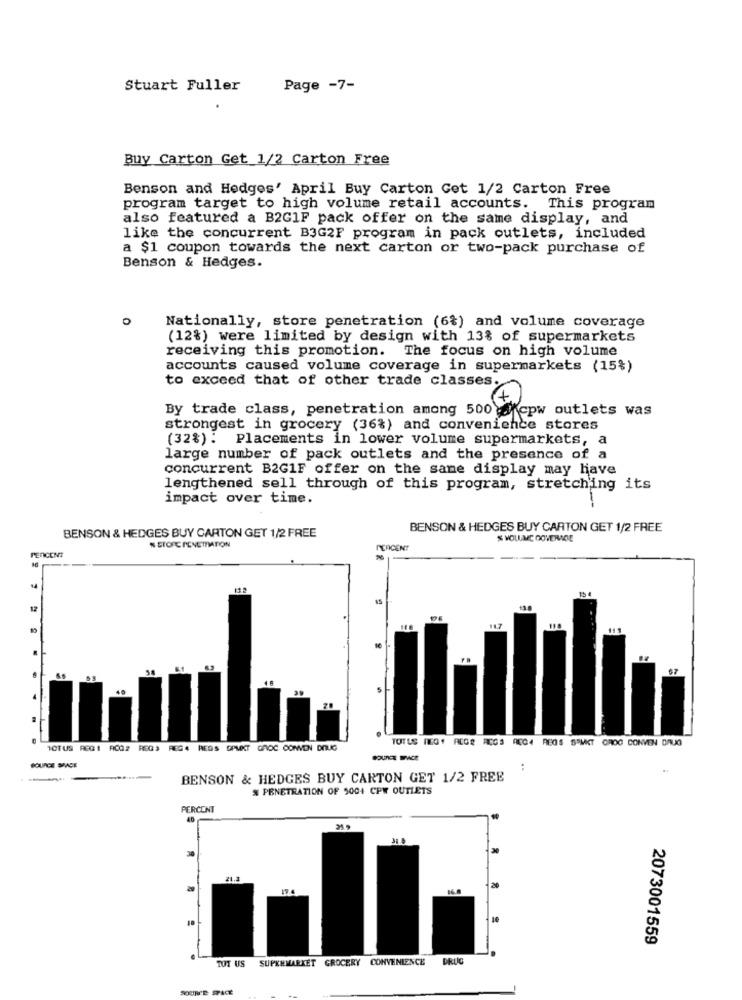
Stuart Fuller
Page -7-
Buy Carton Get 1/2 Carton Free
Benson and Hedges' April Buy Carton Cet 1/2 Carton Free
program target to high volume retail accounts. This program
also featured a B2G1F pack offer on the same display, and
like the concurrent B3G2F program in pack outlets, included
a $1 coupon towards the next carton or two-pack purchase of
Benson & Hedges.
Nationally, store penetration (6%) and volume coverage
(12%) were limited by design with 13% of supermarkets
receiving this promotion. The focus on high volume
accounts caused volume coverage in supermarkets (15%)
to exceed that of other trade classes.
By trade class, penetration among 500 g cpw outlets was
strongest in grocery (36%) and convenience stores
(32%) : Placements in lower volume supermarkets, a
large number of pack outlets and the presence of a
concurrent B2G1F offer on the same display may have
lengthened sell through of this program, stretching its
impact over time.
BENSON & HEDGES BUY CARTON GET 1/2 FREE
BENSON & HEDGES BUY CARTON GET 1/2 FREE
N STORE PENETRATION
PERCENT
PERCENT
13.2
12
TOTUS MEG, REGE ACGS ACQ4 REGS SPMKT GROO CONVEN DRUG
ICTUS REG 1 ACQ2 REGS REG4 REGS OPMKT GROC CONVEN DOUG
SOURCE SPACE
..
BENSON & HEDGES BUY CARTON GET 1/2 FREE
% PENETRATION OF 5004 CPW OUTLETS
PERCONT
40
30
21.3
20
et
2073001559
SUPERMARKET GROCERY CONVENIENCE
DRUG
TUT US